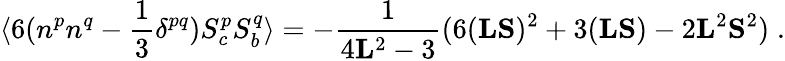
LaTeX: \langle 6(n^{p}n^{q}-\frac{1}{3}\delta^{pq})S_{c}^{p}S_{b}^{q}\rangle=-\frac{1}{4{\mathbf{L}}^{2}-3}(6({\mathbf{L}}{\mathbf{S}})^{2}+3({\mathbf{L}}{\mathbf{S}})-2{\mathbf{L}}^{2}{\mathbf{S}}^{2})\; .